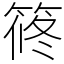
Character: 𥮴